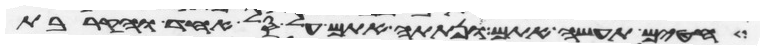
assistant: חטים תעשה אתם ונתתה אתם על סל אחד והקרבת